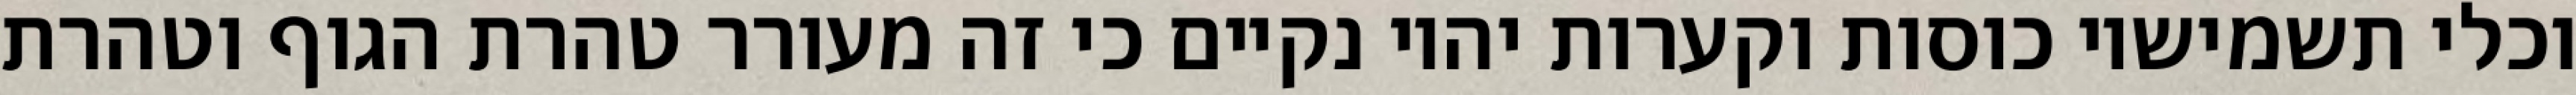
וכלי תשמישיו כוסות וקערות יהיו נקיים כי זה מעורר טהרת הגוף וטהרת